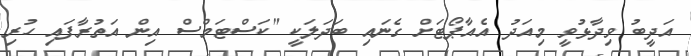
އަދީބު ވިދާޅުވީ މިއަދު އެއާޕޯޓަށް ގެނައި ބަދަލަކީ "ކަސްޓަމްސް އިން އަތުރާފައި ހުރި